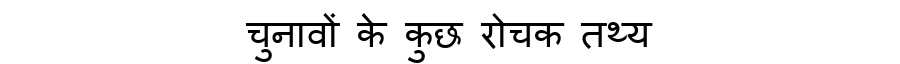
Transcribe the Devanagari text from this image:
चुनावों के कुछ रोचक तथ्य